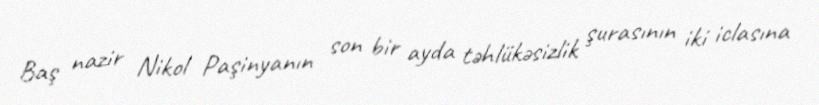
Baş nazir Nikol Paşinyanın son bir ayda təhlükəsizlik şurasının iki iclasına